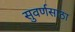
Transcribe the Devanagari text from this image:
सुवर्णसाठा